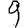
Digit: 9